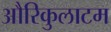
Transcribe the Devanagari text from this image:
औरिकुलाटम